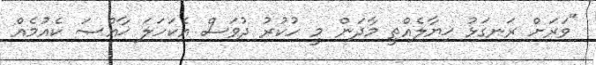
"ވަރަށް ރަނގަޅު ޚިޔާލެއްތީ މާދަން މީ ހުކުރު ދުވަސް އެކަހަލަ ޚާއްޞަ ކެއުމެއް